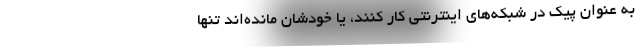
به عنوان پيك در شبكه‌هاي اينترنتي كار كنند، يا خودشان مانده‌اند تنها